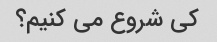
کی شروع می کنیم؟